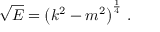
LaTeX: { \sqrt { E } } = \left( k ^ { 2 } - m ^ { 2 } \right) ^ { \frac { 1 } { 4 } } \, .